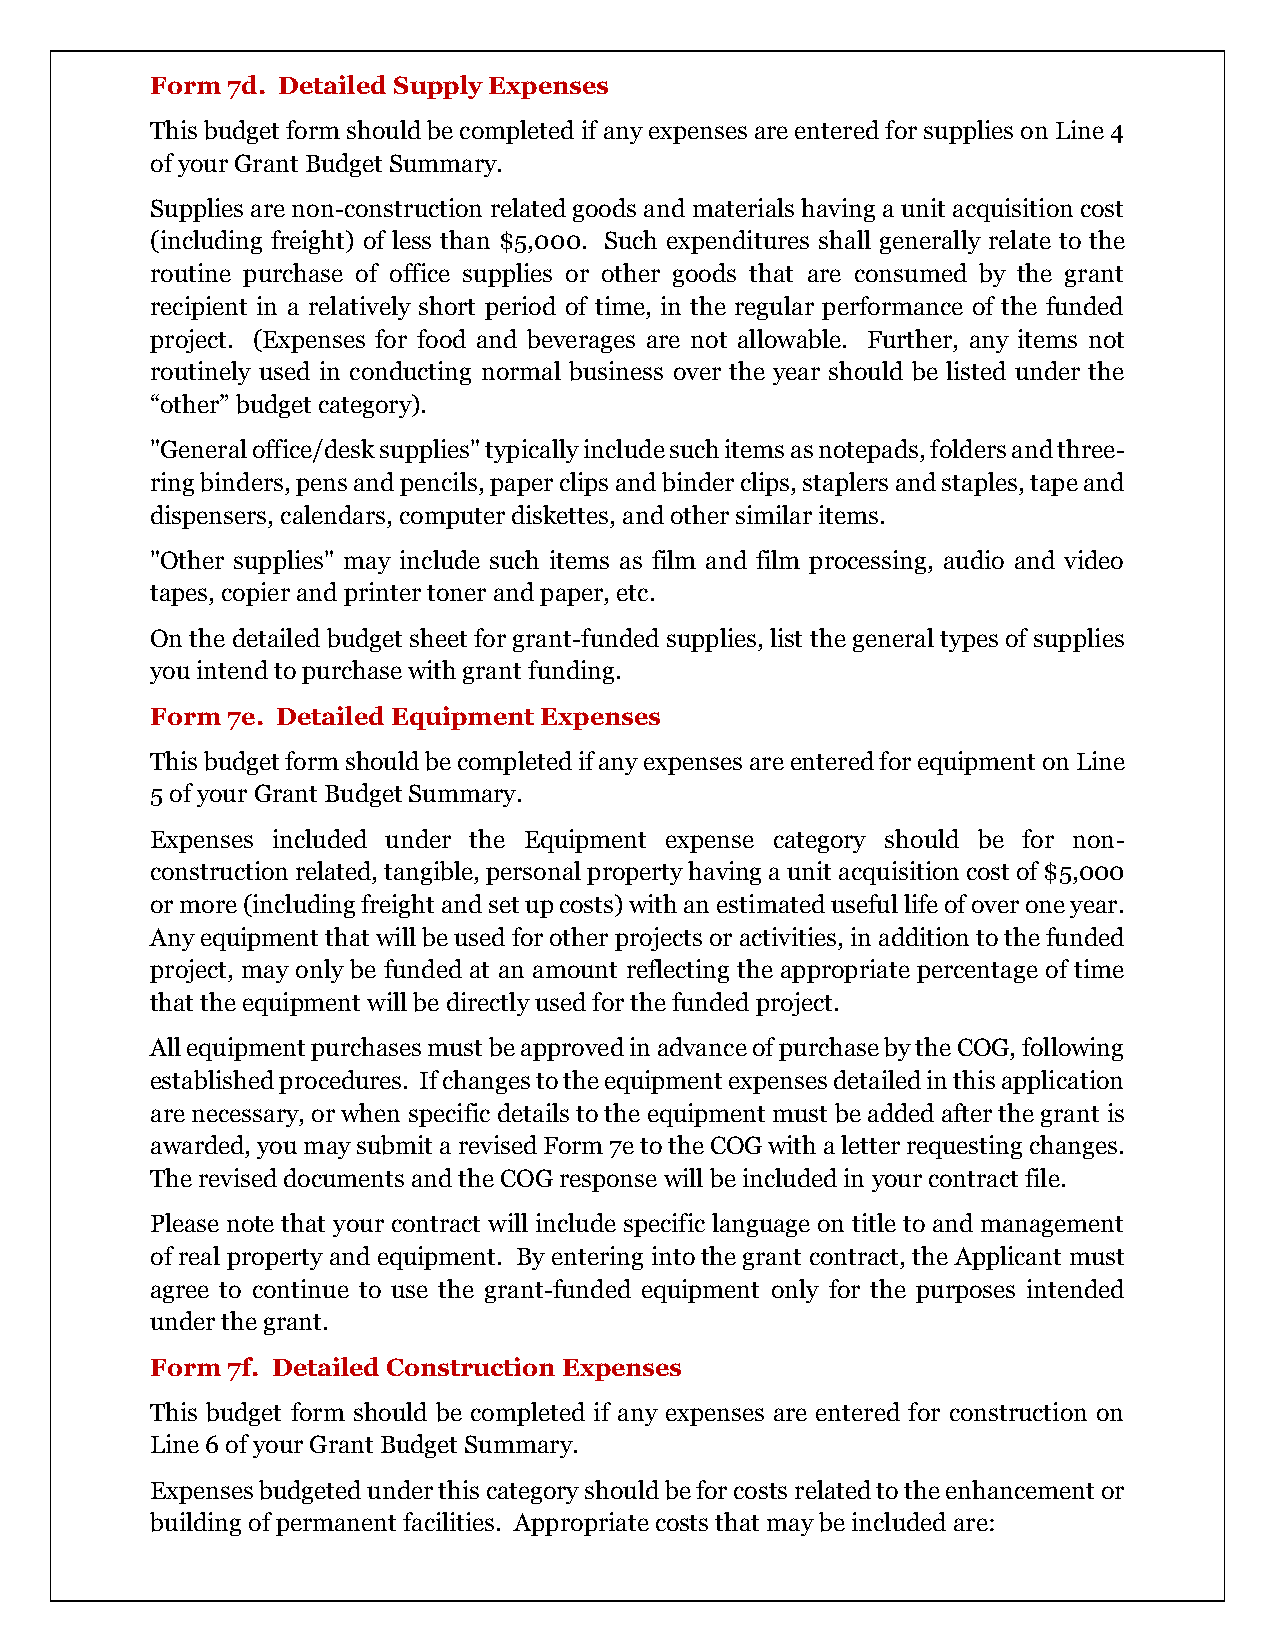
Form 7d. Detailed Supply Expenses
 This budget form should be completed if any expenses are entered for supplies on Line 4
 of your Grant Budget Summary.
 Supplies are non-construction related goods and materials having a unit acquisition cost
 (including freight) of less than $5,000. Such expenditures shall generally relate to the
 routine purchase of office supplies or other goods that are consumed by the grant
 recipient in a relatively short period of time, in the regular performance of the funded
 project. (Expenses for food and beverages are not allowable. Further, any items not
 routinely used in conducting normal business over the year should be listed under the
 “other” budget category).
 "General office/desk supplies" typically include such items as notepads, folders and three-
 ring binders, pens and pencils, paper clips and binder clips, staplers and staples, tape and
 dispensers, calendars, computer diskettes, and other similar items.
 "Other supplies" may include such items as film and film processing, audio and video
 tapes, copier and printer toner and paper, etc.
 On the detailed budget sheet for grant-funded supplies, list the general types of supplies
 you intend to purchase with grant funding.
 Form 7e. Detailed Equipment Expenses
 This budget form should be completed if any expenses are entered for equipment on Line
 5 of your Grant Budget Summary.
 Expenses included under the Equipment expense category should be for non-
 construction related, tangible, personal property having a unit acquisition cost of $5,000
 or more (including freight and set up costs) with an estimated useful life of over one year.
 Any equipment that will be used for other projects or activities, in addition to the funded
 project, may only be funded at an amount reflecting the appropriate percentage of time
 that the equipment will be directly used for the funded project.
 All equipment purchases must be approved in advance of purchase by the COG, following
 established procedures. If changes to the equipment expenses detailed in this application
 are necessary, or when specific details to the equipment must be added after the grant is
 awarded, you may submit a revised Form 7e to the COG with a letter requesting changes.
 The revised documents and the COG response will be included in your contract file.
 Please note that your contract will include specific language on title to and management
 of real property and equipment. By entering into the grant contract, the Applicant must
 agree to continue to use the grant-funded equipment only for the purposes intended
 under the grant.
 Form 7f. Detailed Construction Expenses
 This budget form should be completed if any expenses are entered for construction on
 Line 6 of your Grant Budget Summary.
 Expenses budgeted under this category should be for costs related to the enhancement or
 building of permanent facilities. Appropriate costs that may be included are: